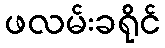
ဖလမ်းခရိုင်